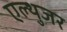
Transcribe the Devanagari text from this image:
एल्थुजर